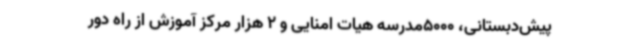
پیش‌دبستانی، 5000مدرسه هیات امنایی و 2 هزار مرکز آموزش از راه دور